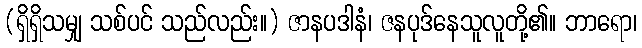
(ရှိရှိသမျှ သစ်ပင် သည်လည်း။) ဇာနပဒါနံ၊ ဇနပုဒ်နေသူလူတို့၏။ ဘာရော၊